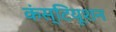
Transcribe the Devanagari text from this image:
कंस्टियूशन